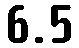
6.5